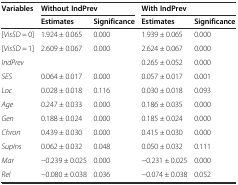
<table><thead><tr><td><b>Variables</b></td><td colspan="2"><b>Without IndPrev</b></td><td colspan="2"><b>With IndPrev</b></td></tr><tr><td></td><td><b>Estimates</b></td><td><b>Significance</b></td><td><b>Estimates</b></td><td><b>Significance</b></td></tr></thead><tbody><tr><td>[<i>VisSD</i> = 0]</td><td>1.924 ± 0.065</td><td>0.000</td><td>1.939 ± 0.065</td><td>0.000</td></tr><tr><td>[<i>VisSD</i> = 1]</td><td>2.609 ± 0.067</td><td>0.000</td><td>2.624 ± 0.067</td><td>0.000</td></tr><tr><td><i>IndPrev</i></td><td></td><td></td><td>0.265 ± 0.052</td><td>0.000</td></tr><tr><td><i>SES</i></td><td>0.064 ± 0.017</td><td>0.000</td><td>0.057 ± 0.017</td><td>0.001</td></tr><tr><td><i>Loc</i></td><td>0.028 ± 0.018</td><td>0.116</td><td>0.030 ± 0.018</td><td>0.093</td></tr><tr><td><i>Age</i></td><td>0.247 ± 0.033</td><td>0.000</td><td>0.186 ± 0.035</td><td>0.000</td></tr><tr><td><i>Gen</i></td><td>0.188 ± 0.024</td><td>0.000</td><td>0.185 ± 0.024</td><td>0.000</td></tr><tr><td><i>Chron</i></td><td>0.439 ± 0.030</td><td>0.000</td><td>0.415 ± 0.030</td><td>0.000</td></tr><tr><td><i>SupIns</i></td><td>0.062 ± 0.032</td><td>0.048</td><td>0.050 ± 0.032</td><td>0.111</td></tr><tr><td><i>Mar</i></td><td>-0.239 ± 0.025</td><td>0.000</td><td>-0.231 ± 0.025</td><td>0.000</td></tr><tr><td><i>Rel</i></td><td>-0.080 ± 0.038</td><td>0.036</td><td>-0.074 ± 0.038</td><td>0.052</td></tr></tbody></table>